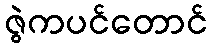
ဇွဲကပင်တောင်